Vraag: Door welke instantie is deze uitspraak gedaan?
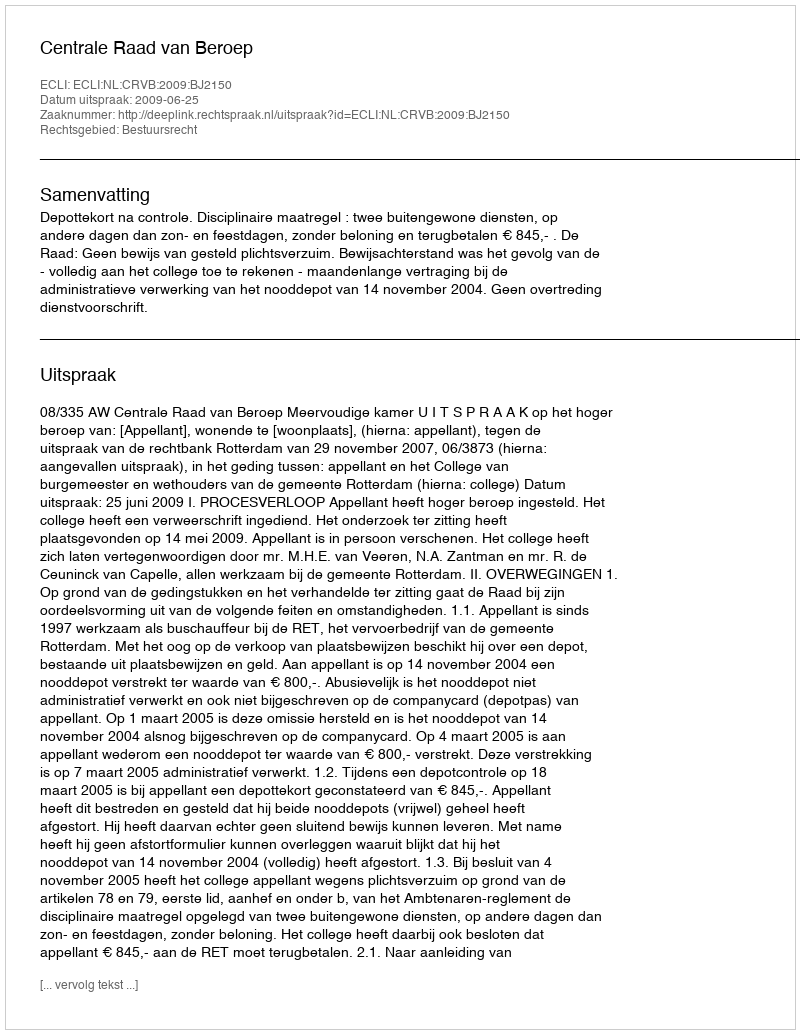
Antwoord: Centrale Raad van Beroep